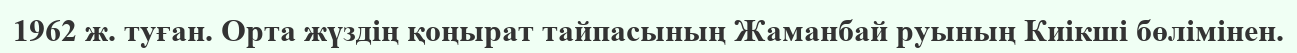
1962 ж. туған. Орта жүздің қоңырат тайпасының Жаманбай руының Киікші бөлімінен.